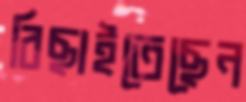
বিছাইতেছেন